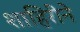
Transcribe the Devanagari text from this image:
शाहिरीने